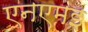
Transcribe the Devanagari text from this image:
एनएमइ